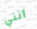
أنني